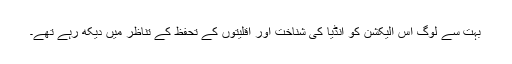
بہت سے لوگ اس الیکشن کو انڈیا کی شناخت اور اقلیتوں کے تحفظ کے تناظر میں دیکھ رہے تھے۔